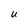
Character: U